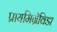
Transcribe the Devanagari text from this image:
प्रायमिग्रॅविडा